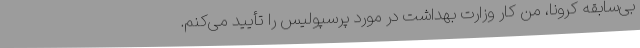
بی‌سابقه کرونا، من کار وزارت بهداشت در مورد پرسپولیس را تأیید می‌کنم.